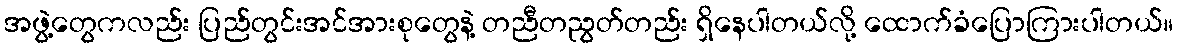
အဖွဲ့တွေကလည်း ပြည်တွင်းအင်အားစုတွေနဲ့ တညီတညွတ်တည်း ရှိနေပါတယ်လို့ ထောက်ခံပြောကြားပါတယ်။